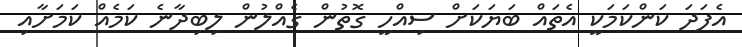
އެފަދަ ކަންކަމަކީ އެތައް ބަޔަކަށް ސިއްހީ ގޮތުން ގެއްލުން ލިބިދާނެ ކަމެއް ކަމަށާއި